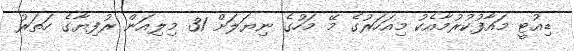
ޑިއުޓީ މައާފުކުރުމާއެކު މިއަހަރުގެ މޭ މަހުގެ ނިޔަލަށް 31 މިލިއަން ރުފިޔާގެ ހަތަރު